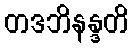
တဒဘိနန္ဒတိ